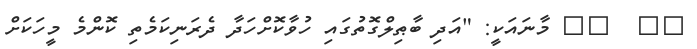
١٠  ١١ މާނައަކީ: "އަދި ބާޠިލްގޮތުގައި ހުވާކޮށްހަދާ ދެރަނިކަމެތި ކޮންމެ މީހަކަށް